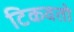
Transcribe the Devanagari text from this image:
टिकवतो